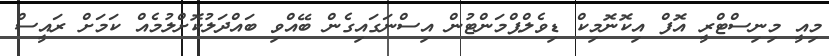
މިއީ މިނިސްޓްރީ އޮފް އިކޮނޮމިކް ޑިވެލްޕްމަންޓުން އިސްނަގައިގެން ބޭއްވި ބައްދަލުކޮށްލުމެއް ކަމަށް ރައީސް